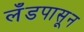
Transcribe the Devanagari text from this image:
लँडपासून